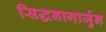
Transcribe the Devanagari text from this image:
सिद्धनागार्जुन